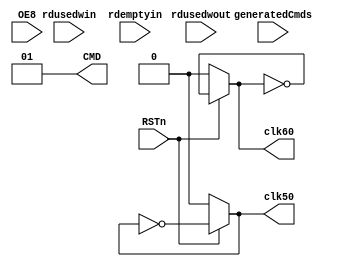
`timescale 1 ps / 1 ps

module puppetmaster(
	input RSTn,
	output reg clk50,
	output reg clk60,
	output reg [1:0] CMD,
	input [7:0] OE8,
	input [7:0] generatedCmds,
	input [7:0] rdusedwin,
	input [7:0] rdusedwout,
	input rdemptyin
);

	initial begin
		//play with CMD timings here
		clk50 = 0;
		clk60 = 0;
		CMD = 2'b00;
		#20000
		CMD = 2'b01;
		#600000
		CMD = 2'b00;
		#20000
		CMD = 2'b10;
		#100000
		CMD = 2'b00;
		#20000
		CMD = 2'b01;
	end
	
	always begin
		#10000 clk50 = (RSTn) ? ~clk50 : 1'b0;
	end
	
	always begin
		#8333 clk60 = (RSTn) ? ~clk60 : 1'b0;
	end
endmodule